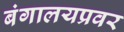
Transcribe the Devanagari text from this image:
बंगालयप्रवर